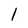
Character: 1